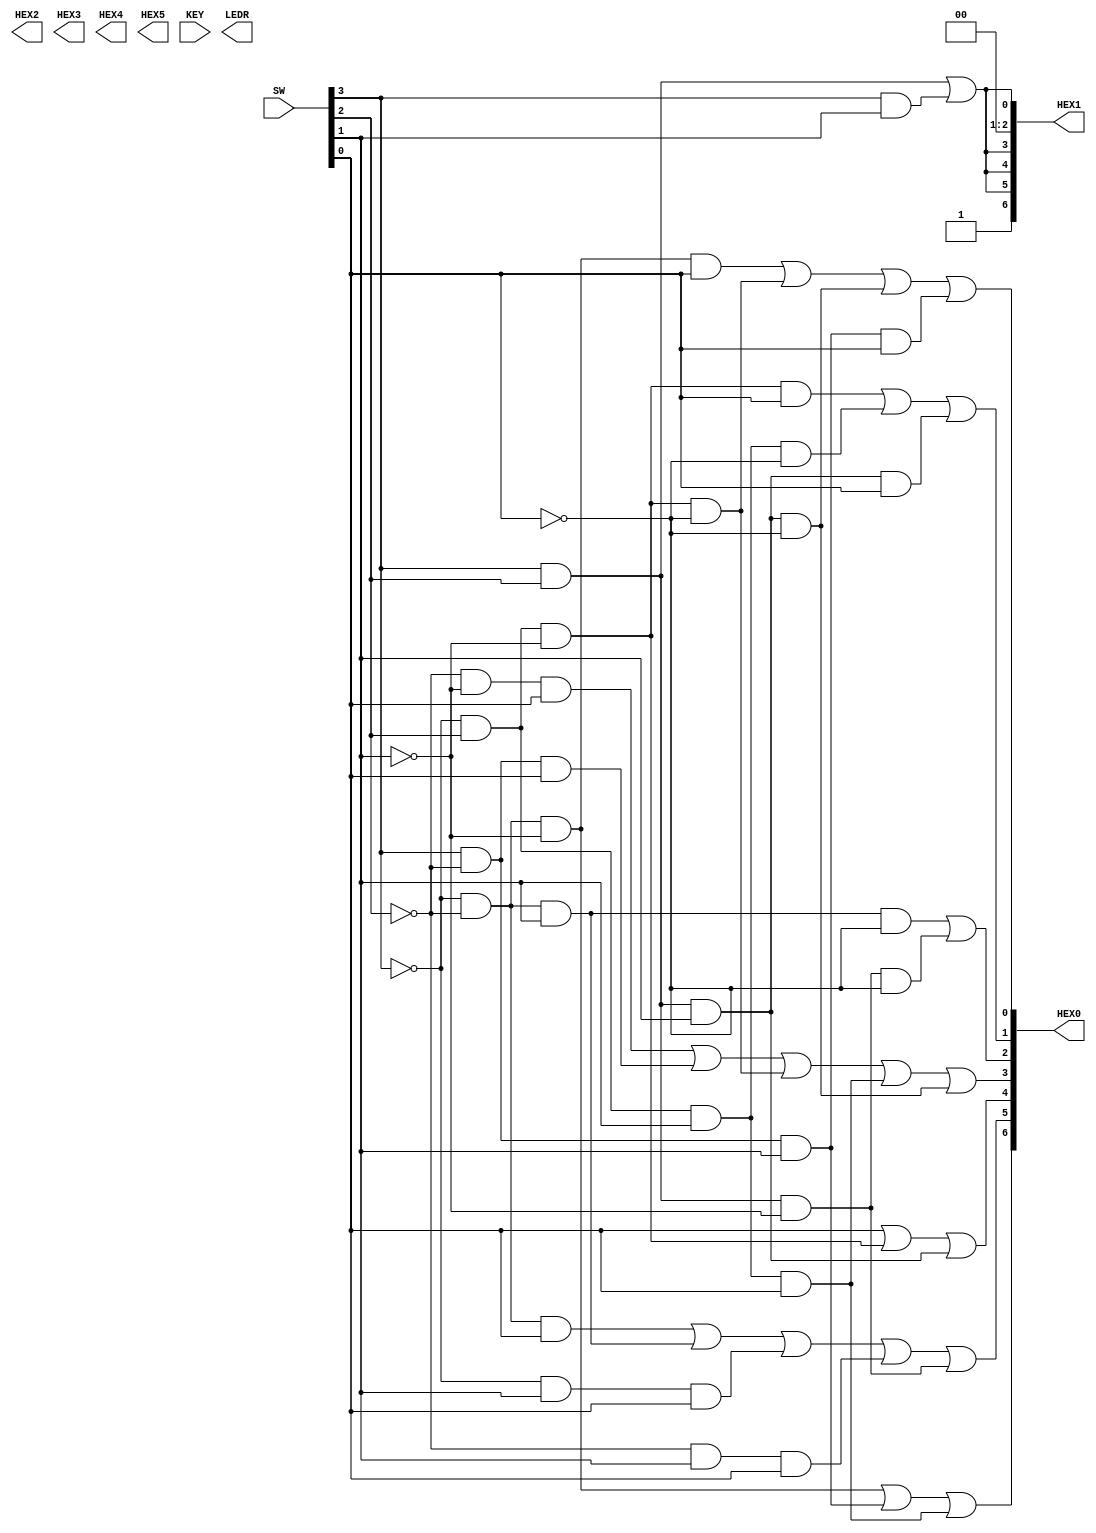

//=======================================================
//  This code is generated by Terasic System Builder
//=======================================================

module part2(

	//////////// SEG7 //////////
	output		     [7:0]		HEX0,
	output		     [7:0]		HEX1,
	output		     [7:0]		HEX2,
	output		     [7:0]		HEX3,
	output		     [7:0]		HEX4,
	output		     [7:0]		HEX5,

	//////////// KEY //////////
	input 		     [1:0]		KEY,

	//////////// LED //////////
	output		     [9:0]		LEDR,

	//////////// SW //////////
	input 		     [9:0]		SW
);



//=======================================================
//  REG/WIRE declarations
//=======================================================




//=======================================================
//  Structural coding
//=======================================================
assign HEX0[0] = (~SW[3]&~SW[2]&~SW[1]&SW[0]) | (~SW[3]&SW[2]&~SW[1]&~SW[0]) | (SW[3]&SW[2]&SW[1]&~SW[0]) | (SW[3]&~SW[2]&SW[1]&SW[0]);
assign HEX0[1] = (~SW[3]&SW[2]&~SW[1]&SW[0]) | (~SW[3]&SW[2]&SW[1]&~SW[0]) | (SW[3]&SW[2]&SW[1]&SW[0]);
assign HEX0[2] = (~SW[3]&~SW[2]&SW[1]&~SW[0]) | (SW[3]&SW[2]&~SW[1]&~SW[0]);
assign HEX0[3] = (~SW[2]&~SW[1]&SW[0]) | (SW[3]&~SW[2]&SW[0]) | (~SW[3]&SW[2]&~SW[1]&~SW[0]) | (~SW[3]&SW[2]&SW[1]&SW[0]) | (SW[3]&SW[2]&SW[1]&~SW[0]);
assign HEX0[4] = (SW[0]) | (~SW[3]&SW[2]&~SW[1]) | (SW[3]&SW[2]&SW[1]);
assign HEX0[5] = (~SW[3]&~SW[2]&SW[0]) | (~SW[3]&~SW[2]&SW[1]) | (~SW[3]&SW[1]&SW[0]) | (~SW[2]&SW[1]&SW[0]) | (SW[3]&SW[2]&~SW[1]);
assign HEX0[6] = (~SW[3]&~SW[2]&~SW[1]) | (SW[3]&~SW[2]&SW[1]) | (~SW[3]&SW[2]&SW[1]&SW[0]);

assign HEX1[0] = (SW[3]&SW[2]) | (SW[3]&SW[1]);
assign HEX1[1] = 1'b0;
assign HEX1[2] = 1'b0;
assign HEX1[3] = (SW[3]&SW[2]) | (SW[3]&SW[1]);
assign HEX1[4] = (SW[3]&SW[2]) | (SW[3]&SW[1]);
assign HEX1[5] = (SW[3]&SW[2]) | (SW[3]&SW[1]);
assign HEX1[6] = 1'b1;


endmodule